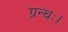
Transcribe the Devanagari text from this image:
ग्रन्थः।